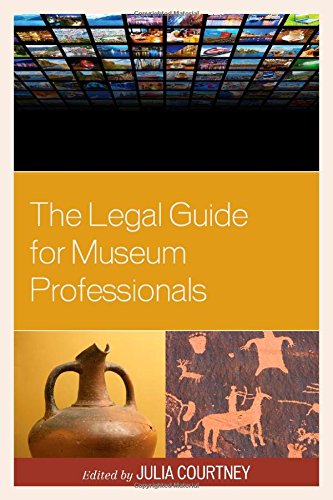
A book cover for The Legal Guide for Museum Professionals; Business & Money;